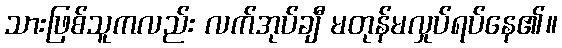
သားဖြစ်သူကလည်း လက်အုပ်ချီ မတုန်မလှုပ်ရပ်နေ၏။